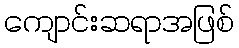
ကျောင်းဆရာအဖြစ်